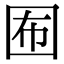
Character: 𡇊